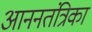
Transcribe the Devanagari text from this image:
आननतंत्रिका